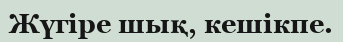
Жүгіре шық, кешікпе.